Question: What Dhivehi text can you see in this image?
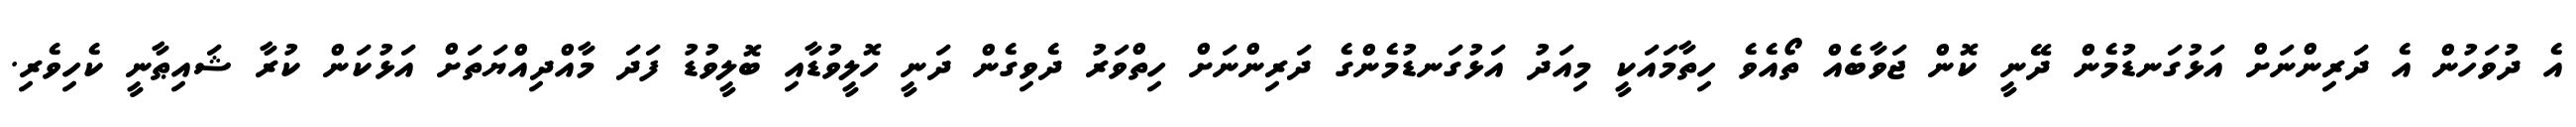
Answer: އެ ދުވަހުން އެ ދަރިންނަށް އަޅުގަނޑުމެން ދޭނީ ކޮން ޖަވާބެއް ތޯއެވެ ހިތާމައަކީ މިއަދު އަޅުގަނޑުމެންގެ ދަރިންނަށް ހިތްވަރު ދެވިގެން ދަނީ ހޮލީވުޑާއި ބޮލީވުޑު ފަދަ މާއްދިއްޔަތަށް އަޅުކަން ކުރާ ޝައިޠާނީ ކެހިވެރި.